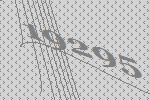
19295